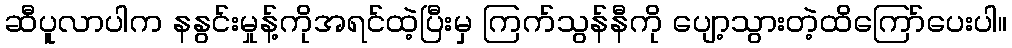
ဆီပူလာပါက နနွင်းမှုန့်ကိုအရင်ထဲ့ပြီးမှ ကြက်သွန်နီကို ပျော့သွားတဲ့ထိကြော်ပေးပါ။